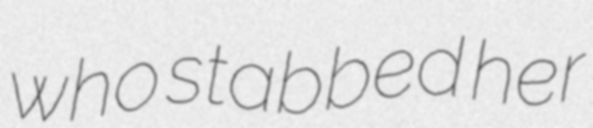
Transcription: who stabbed her